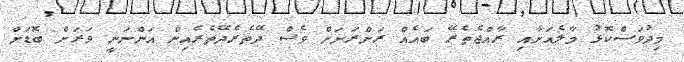
މިދުވަސްކޮޅު މާލެއަށާއި ރާއްޖެތެރޭ ބައެއް ރަށްރަށަށް ވެސް ދޭތެރެދޭތެރެއިން އަންނަނީ ވަރަށް ބޮޑަށް